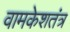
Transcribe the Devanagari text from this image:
वामकेशतंत्र